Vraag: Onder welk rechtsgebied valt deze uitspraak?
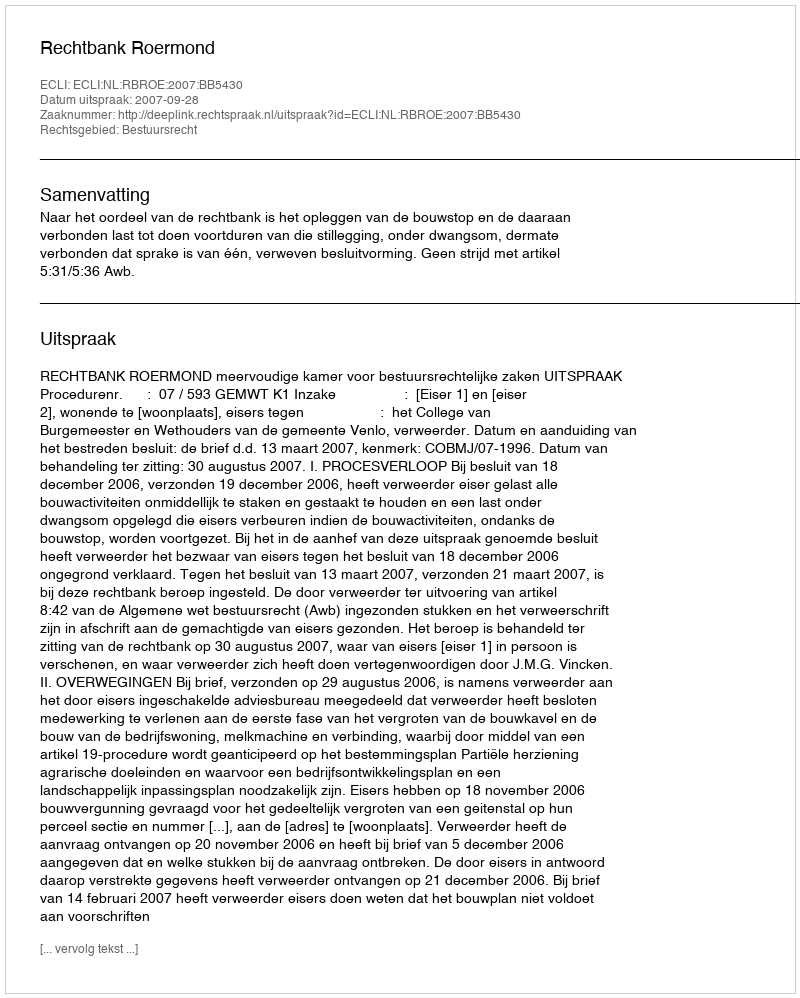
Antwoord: Bestuursrecht